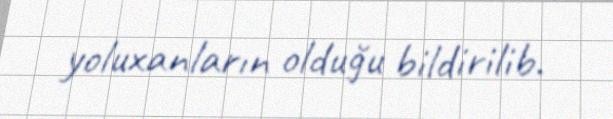
yoluxanların olduğu bildirilib.